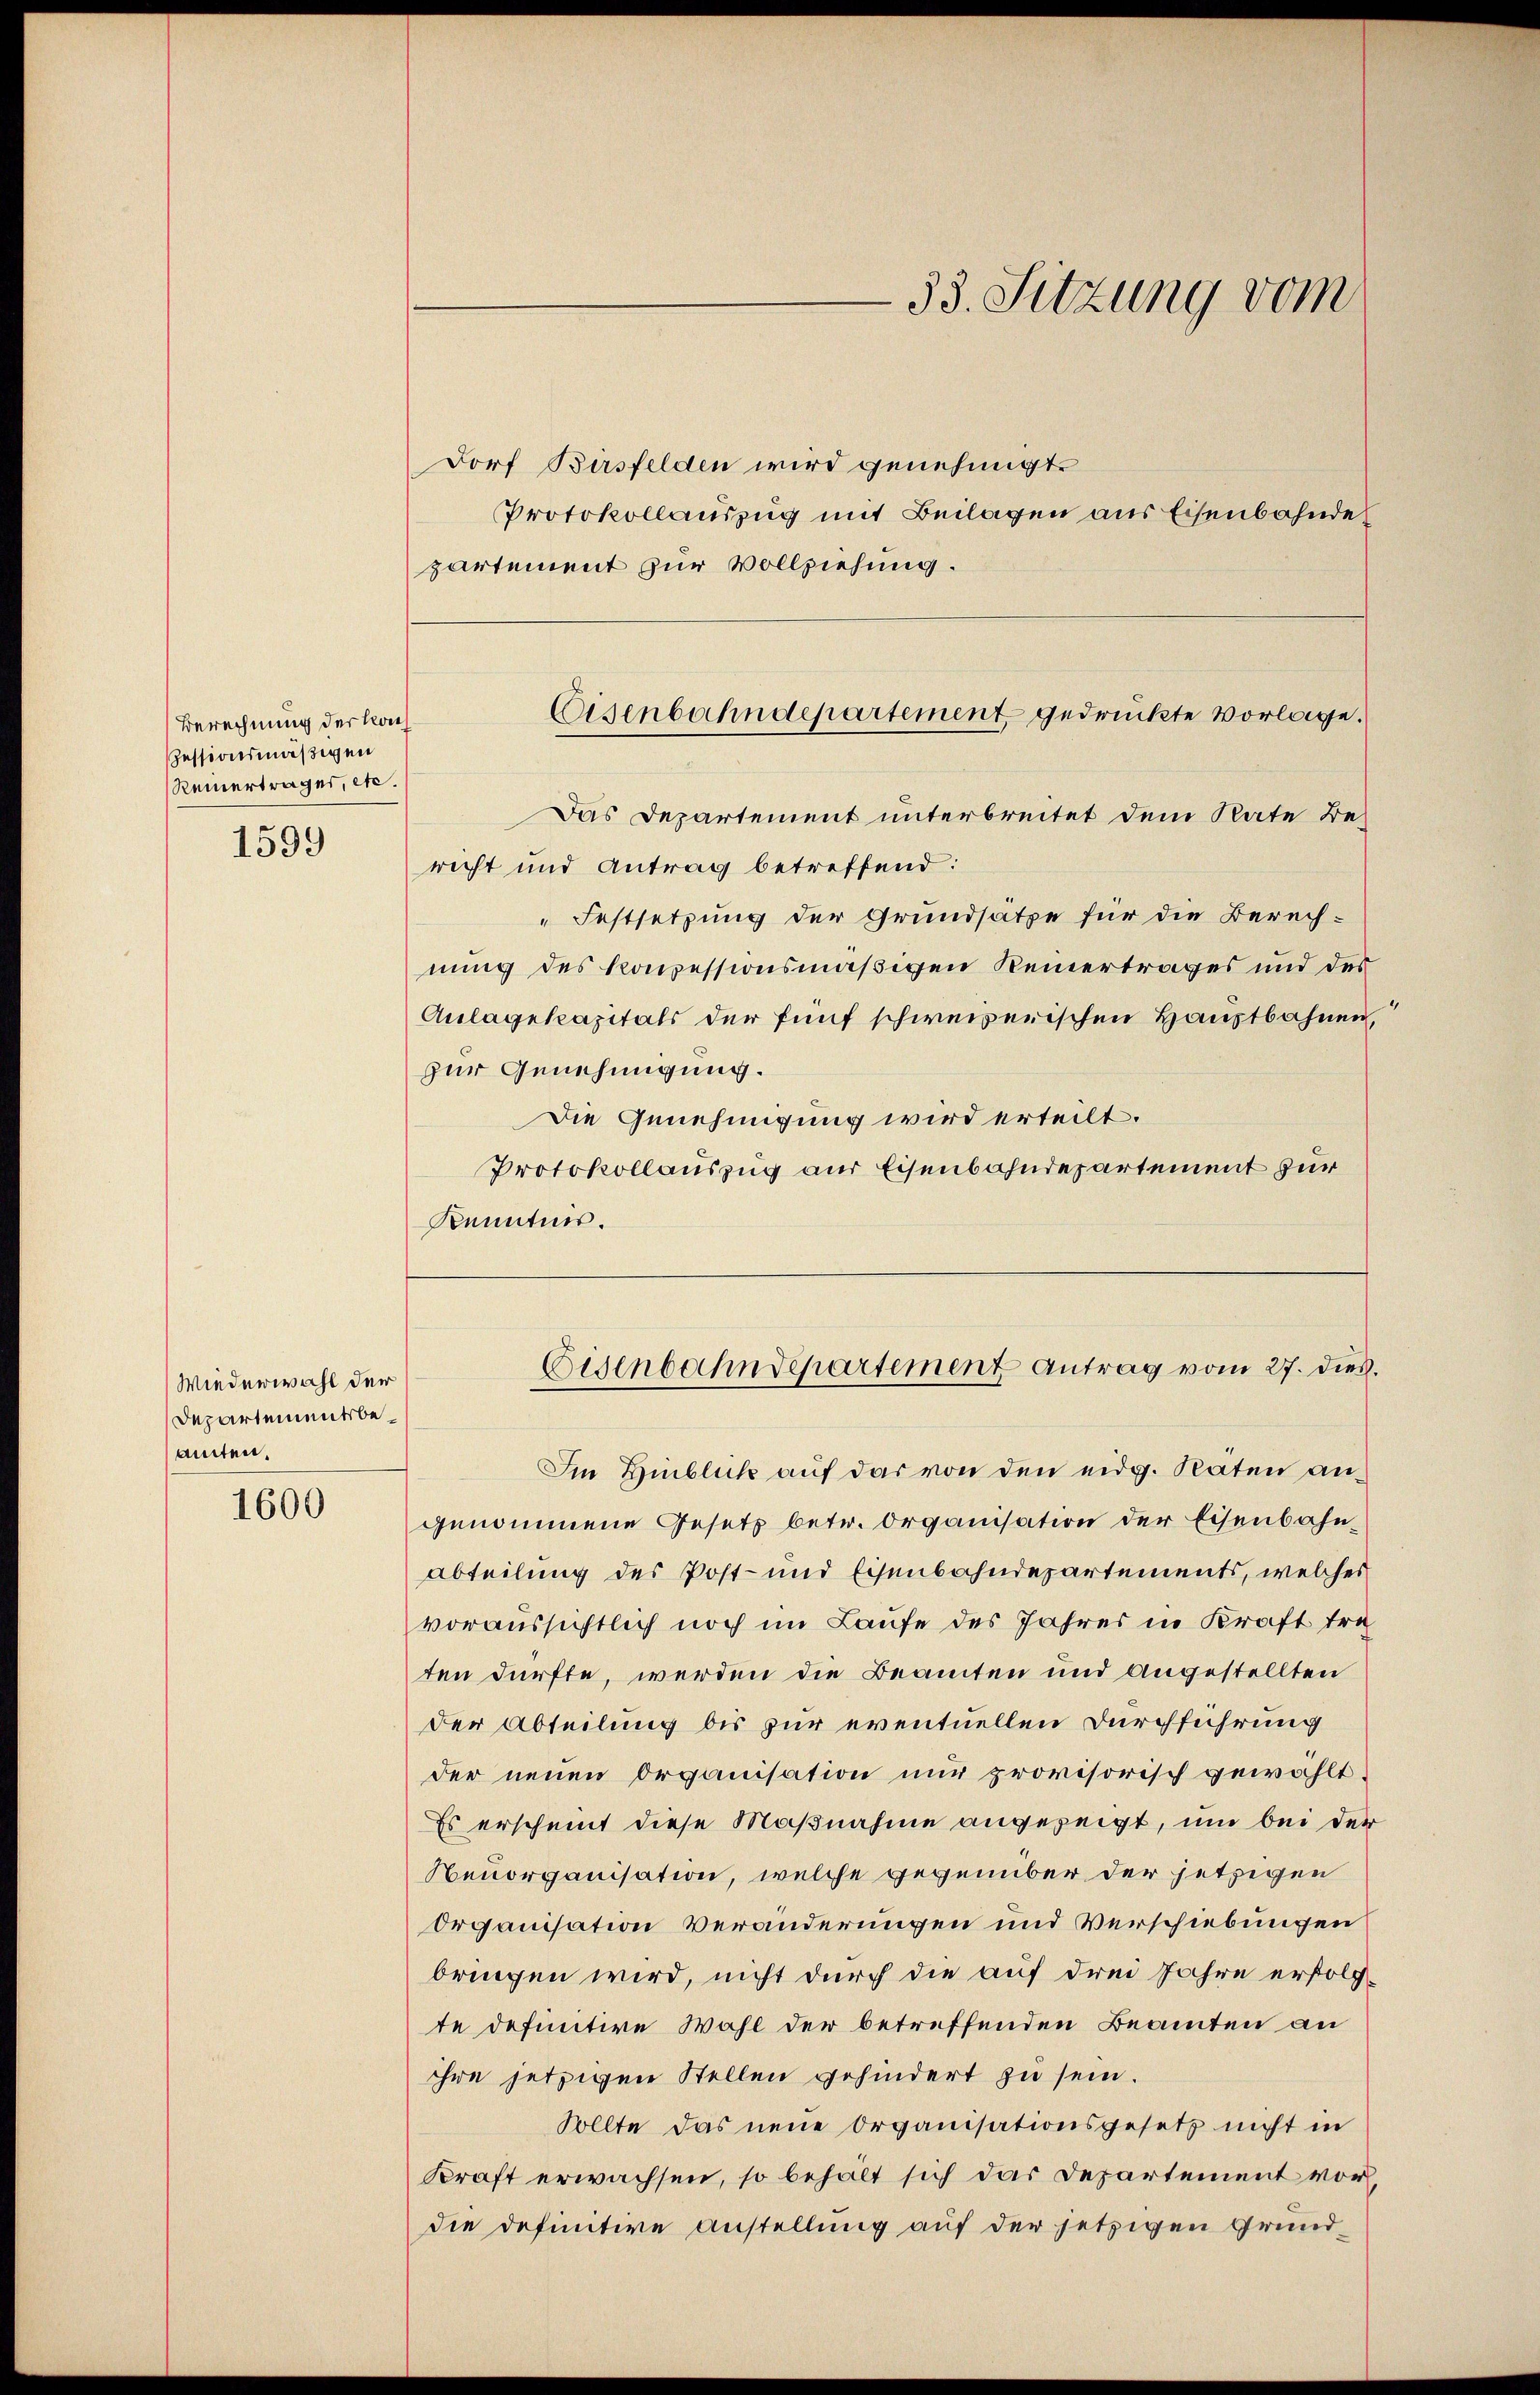
Berechnung der Nach
sessionsmäßigen
Reinertrages, etc.

1599

Wiederwahl der
Departementsbeamten.

1600

Dorf Birsfelden wird genehmigt.
Protokollauszug mit Beilagen aus Eisenbahnde
partement zur Vollziehung.

Das Departement unterbreitet dem Rate Be-
richt und Antrag betreffend:
Festsetzung der Grundsätze für die Berech-
nung des konzessionsmäßigen Keinertrages und des
Anlagekapitals der fünf schweizerischen Hauptbahnen,
zur Genehmigung.
Die Genehmigung wird erteilt.
Protokollauszug aus Eisenbahndepartement zur
Kenntnis.
Im Hinblick auf das von den eidg. Raten angenommene Gesetz betr. Organisation der Eisenbahnabteilung des Post- und Eisenbahndepartements, welches
voraussichtlich noch im Laufe des Jahres in Kraft tre
ten dürfte, werden die Beamten und angestellten
der Abteilung bis zur eventuellen Durchführung
der neuen Organisation nur provisorisch gewählt.
Es erscheint diese Maßnahme angezeigt, um bei der
Neuorganisation, welche gegenüber der jetzigen
Organisation Veränderungen und Verschiebungen
bringen wird, nicht durch die auf dem Jahre erfolgte definitive Wahl der betreffenden Beamten an
ihre jetzigen Stellen gehindert zu sein.
Sollte das neue Organisationsgesetz nicht in
Kraft erwachsen, so behält sich das Departement vor
die definitive Anstellung auf der jetzigen Grund-

33. Sitzung vom

Eisenbahndepartement gedrückte Vorlage.

Eisenbahndepartement Antrag vom 27. dies.